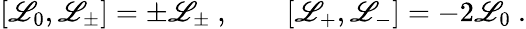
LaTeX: [\mathscr{L}_{0},\mathscr{L}_{\pm}]=\pm\mathscr{L}_{\pm}\ ,\qquad[\mathscr{L}_{+},\mathscr{L}_{-}]=-2\mathscr{L}_{0}\ .